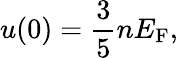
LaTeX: u(0)={\frac{3}{5}}nE_{\mathrm{{F}}},